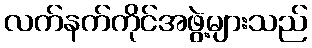
လက်နက်ကိုင်အဖွဲ့များသည်